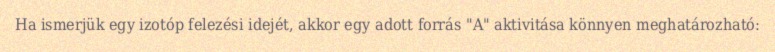
Ha ismerjük egy izotóp felezési idejét, akkor egy adott forrás "A" aktivitása könnyen meghatározható: